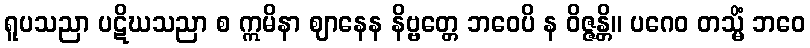
ရူပသညာ ပဋိဃသညာ စ ဣမိနာ ဈာနေန နိဗ္ဗတ္တေ ဘဝေပိ န ဝိဇ္ဇန္တိ။ ပဂေဝ တသ္မိံ ဘဝေ